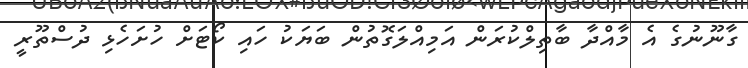
ގާނޫނުގެ އެ މާއްދާ ބާތިލްކުރަން އަމިއްލަގޮތުން ބަޔަކު ހައި ކޯޓަށް ހުށަހެޅި ދުސްތޫރީ